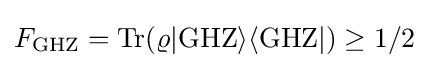
F_{\rm {GHZ}}={\rm {Tr}}(\varrho |{\rm {GHZ}}\rangle \langle {\rm {GHZ}}|)\geq 1/2